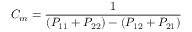
C _ { m } = { \frac { 1 } { ( P _ { 1 1 } + P _ { 2 2 } ) - ( P _ { 1 2 } + P _ { 2 1 } ) } }